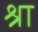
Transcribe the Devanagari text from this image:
श्रा